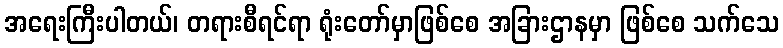
အရေးကြီးပါတယ်၊ တရားစီရင်ရာ ရုံးတော်မှာဖြစ်စေ အခြားဌာနမှာ ဖြစ်စေ သက်သေ